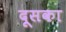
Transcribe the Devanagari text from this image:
दूसका